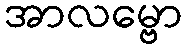
အာလမ္ဗော